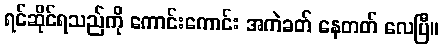
ရင်ဆိုင်ရသည်ကို ကောင်းကောင်း အကဲခတ် နေတတ် လေပြီ။